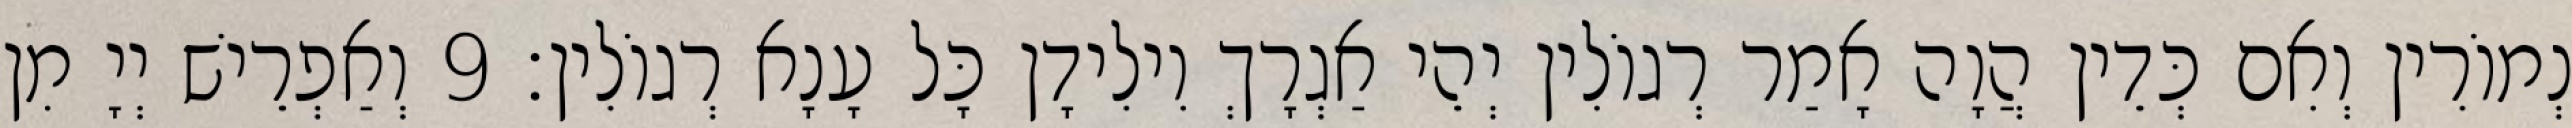
נְמוֹרִין וְאִם כְּדֵין הֲוָה אָמַר רְגוֹלִין יְהֵי אַגְרָךְ וִילִידָן כָּל עָנָא רְגוֹלִין׃ 9 וְאַפְרֵישׁ יְיָ מִן